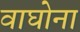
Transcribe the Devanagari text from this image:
वाघोना